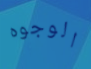
الوجوه